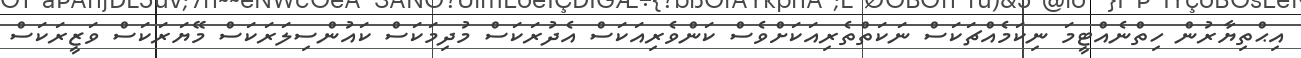
އިޙްތިޔާރުން ހިތްނެއްޓީމަ ނިކަމެއްޗަކަސް ނަކަތްތެރިއަކަށްވެސް ކަންވެރިއަކަސް އެދުރަކަސް މުދިމަކަސް ކައުންސިލަރަކަސް މޭޔަރަކަސް ވަޒީރަކަސް